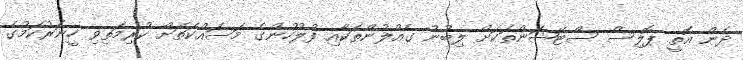
ދެން އޮތީ ޕޮލިސް ސްޓޭޝަންތަކަށް ލިބުނު ގެއްލުންތަކާއި ފުލުހުންގެ މަސައްކަތަށް ކުރިމަތިވި ހީނަރުކަމުގެ